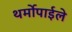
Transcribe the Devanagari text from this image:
थर्मोपाईले